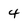
Character: 4